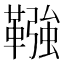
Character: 𩌾